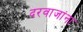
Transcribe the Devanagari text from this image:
दरवाजांना